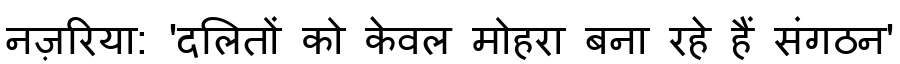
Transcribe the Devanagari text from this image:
नज़रिया: 'दलितों को केवल मोहरा बना रहे हैं संगठन'